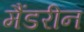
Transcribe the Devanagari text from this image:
मैंडरीन